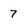
Character: 7